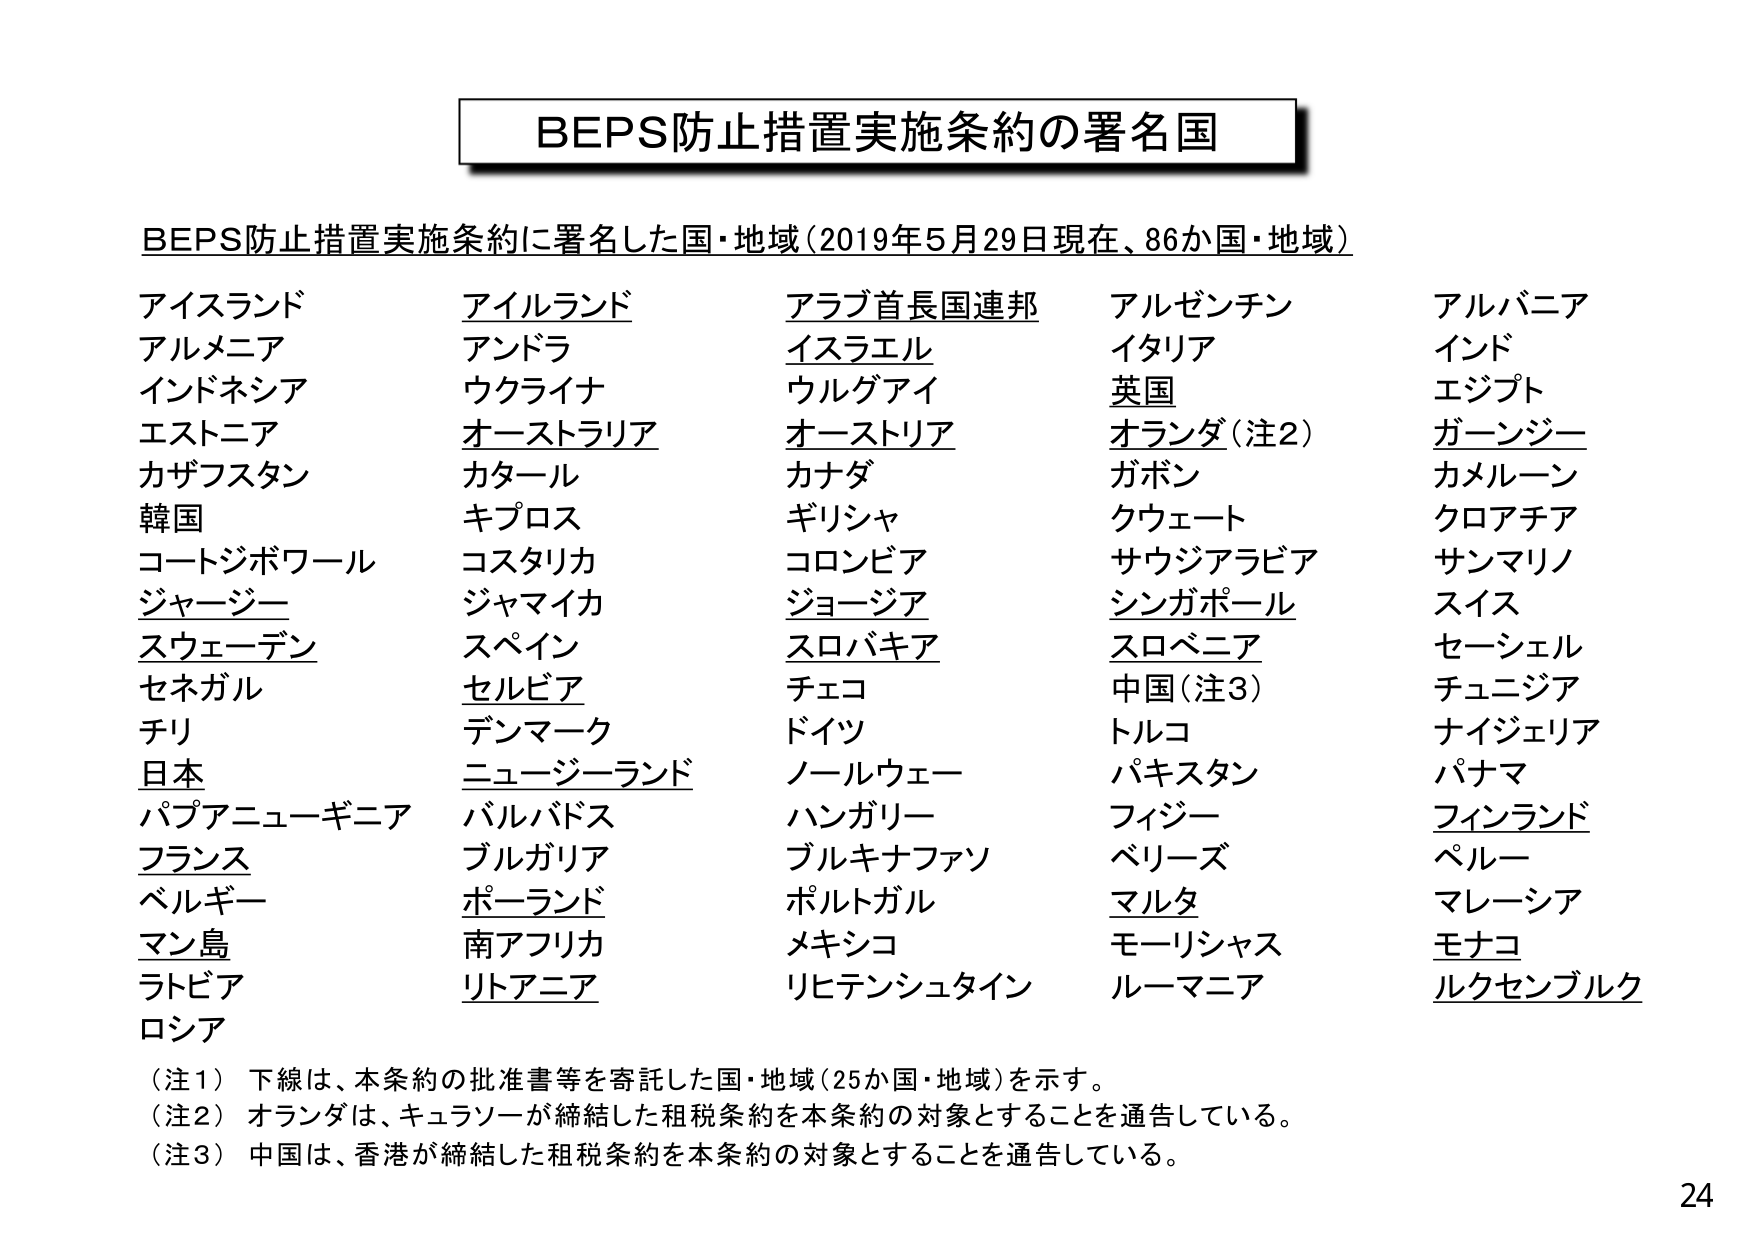
BEPS防止措置実施条約の署名国

BEPS防止措置実施条約に署名した国・地域（2019年5月29日現在、86か国・地域）

アイスランド　　アイルランド　　アラブ首長国連邦　　アルゼンチン　　アルバニア
アルメニア　　アンドラ　　イスラエル　　イタリア　　インド
インドネシア　　ウクライナ　　ウルグアイ　　英国　　エジプト
エストニア　　オーストラリア　　オーストリア　　オランダ（注2）　　ガーンジー
カザフスタン　　カタール　　カナダ　　ガボン　　カメルーン
韓国　　キプロス　　ギリシャ　　クウェート　　クロアチア
コートジボワール　　コスタリカ　　コロンビア　　サウジアラビア　　サンマリノ
ジャージー　　ジャマイカ　　ジョージア　　シンガポール　　スイス
スウェーデン　　スペイン　　スロバキア　　スロベニア　　セーシェル
セネガル　　セルビア　　チェコ　　中国（注3）　　チュニジア
チリ　　デンマーク　　ドイツ　　トルコ　　ナイジェリア
日本　　ニュージーランド　　ノールウェー　　パキスタン　　パナマ
パプアニューギニア　　バルバドス　　ハンガリー　　フィジー　　フィンランド
フランス　　ブルガリア　　ブルキナファソ　　ベリーズ　　ペルー
ベルギー　　ポーランド　　ポルトガル　　マルタ　　マレーシア
マン島　　南アフリカ　　メキシコ　　モーリシャス　　モナコ
ラトビア　　リトアニア　　リヒテンシュタイン　　ルーマニア　　ルクセンブルク
ロシア

（注1）下線は、本条約の批准書等を寄託した国・地域（25か国・地域）を示す。
（注2）オランダは、キュラソーが締結した租税条約を本条約の対象とすることを通告している。
（注3）中国は、香港が締結した租税条約を本条約の対象とすることを通告している。

24